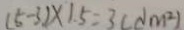
( 5 - 3 ) \times 1 . 5 = 3 ( d m ^ { 2 } )